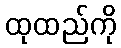
ထုထည်ကို